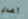
أهدي